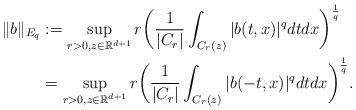
LaTeX: \begin{align*}\|b\|_{E_q}&:=\sup_{r>0, z \in \mathbb R^{d+1}} r\biggl(\frac{1}{|C_r|}\int_{C_r(z)}|b(t,x)|^q dtdx \biggr)^{\frac{1}{q}}\\&=\sup_{r>0, z \in \mathbb R^{d+1}} r\biggl(\frac{1}{|C_r|}\int_{C_r(z)}|b(-t,x)|^q dtdx \biggr)^{\frac{1}{q}}.\end{align*}